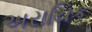
અરાયિક